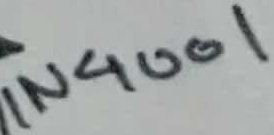
Text: IN4001